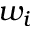
w _ { i }